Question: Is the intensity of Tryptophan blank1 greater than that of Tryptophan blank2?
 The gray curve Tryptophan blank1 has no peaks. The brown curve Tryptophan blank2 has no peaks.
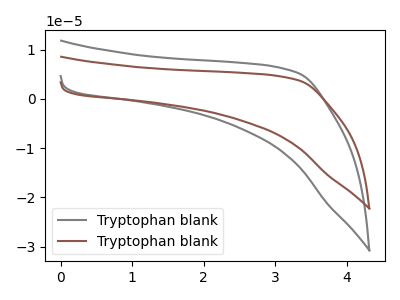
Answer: <think>Neither "Tryptophan blank1" or "Tryptophan blank2" have any peaks.
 </think>
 <answer>I cant tell if "Tryptophan blank1" or "Tryptophan blank2" has more signal.</answer>
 <eval>mixed_signal</eval>